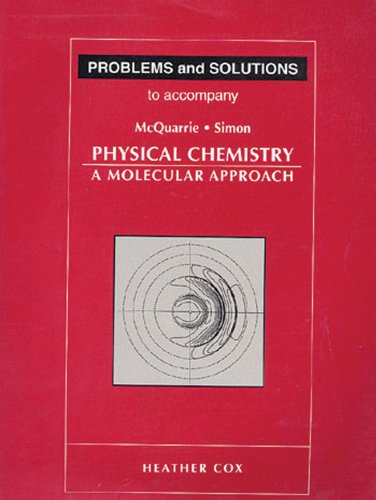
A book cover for Problems & Solutions to Accompany McQuarrie - Simon Physical Chemistry: A Molecular Approach; Heather Cox; Science & Math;